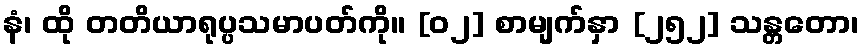
နံ၊ ထို တတိယာရုပ္ပသမာပတ်ကို။ [၀၂] စာမျက်နှာ [၂၅၂] သန္တတော၊